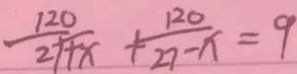
\frac { 1 2 0 } { 2 7 + x } + \frac { 1 2 0 } { 2 7 - x } = 9